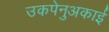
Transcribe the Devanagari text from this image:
उकपेनुअकाई